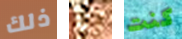
ذلك فتاه كنت